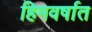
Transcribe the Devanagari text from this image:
हिमवर्षात